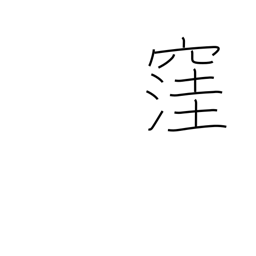
Meaning: cave in